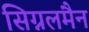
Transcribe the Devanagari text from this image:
सिग्नलमैन